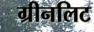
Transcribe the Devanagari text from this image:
ग्रीनलिट